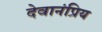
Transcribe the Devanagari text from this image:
देवानंप्रिय